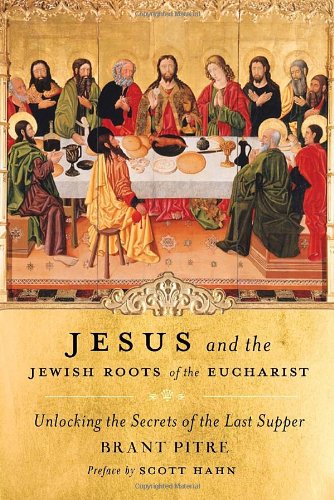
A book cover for Jesus and the Jewish Roots of the Eucharist: Unlocking the Secrets of the Last Supper; Brant Pitre; History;